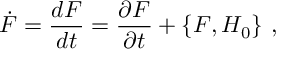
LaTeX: \dot { F } = \frac { d F } { d t } = \frac { \partial F } { \partial t } + \{ F , H _ { 0 } \} \ ,